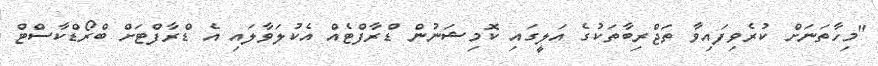
"މިހާތަނަށް ކުރެވިފައިވާ ތަޖްރިބާތަކުގެ އަލީގައި ކޮމިޝަނުން ޑްރާފްޓެއް އެކުލަވާލައި އެ ޑްރާފްޓަށް ބްރޯޑްކާސްޓް